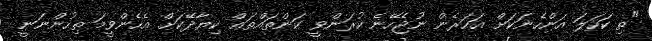
"ތި ކަހަލަ އަންހެނަކަށް އަހަރެން ނުޖެހޭނެ ކުރަންވީ ކަންތައްތައް ކިޔާދޭކަށް އެހެންވީމަ ތިހުންނަނީ